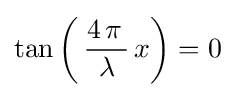
\tan \left(\,{\frac {4\,\pi \,}{\lambda }}\,x\right)=0~